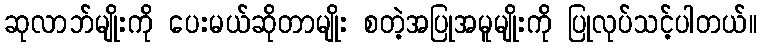
ဆုလာဘ်မျိုးကို ပေးမယ်ဆိုတာမျိုး စတဲ့အပြုအမူမျိုးကို ပြုလုပ်သင့်ပါတယ်။